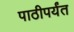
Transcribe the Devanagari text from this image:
पाठीपर्यंत